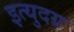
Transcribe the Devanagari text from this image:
इत्युदग्र